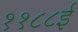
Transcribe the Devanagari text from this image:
११८८ई